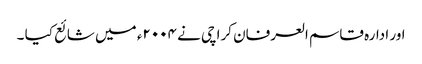
اور ادارہ قاسم العرفان کراچی نے ۲۰۰۴ء میں شائع کیا ۔